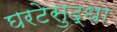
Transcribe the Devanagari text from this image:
घरटेसुद्धा